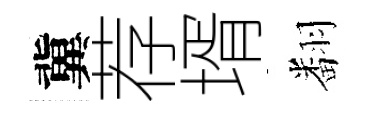
冀荐壻翻